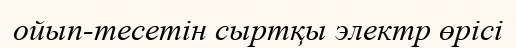
ойып-тесетін сыртқы электр өрісі